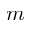
m